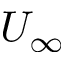
U _ { \infty }